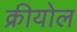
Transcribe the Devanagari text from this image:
क्रीयोल